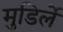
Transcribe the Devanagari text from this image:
मुडिर्ले